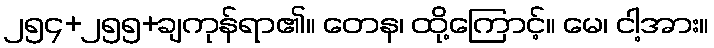
၂၅၄+၂၅၅+ချကုန်ရာ၏။ တေန၊ ထို့ကြောင့်။ မေ၊ ငါ့အား။